Report on lock hospitals in British Burma
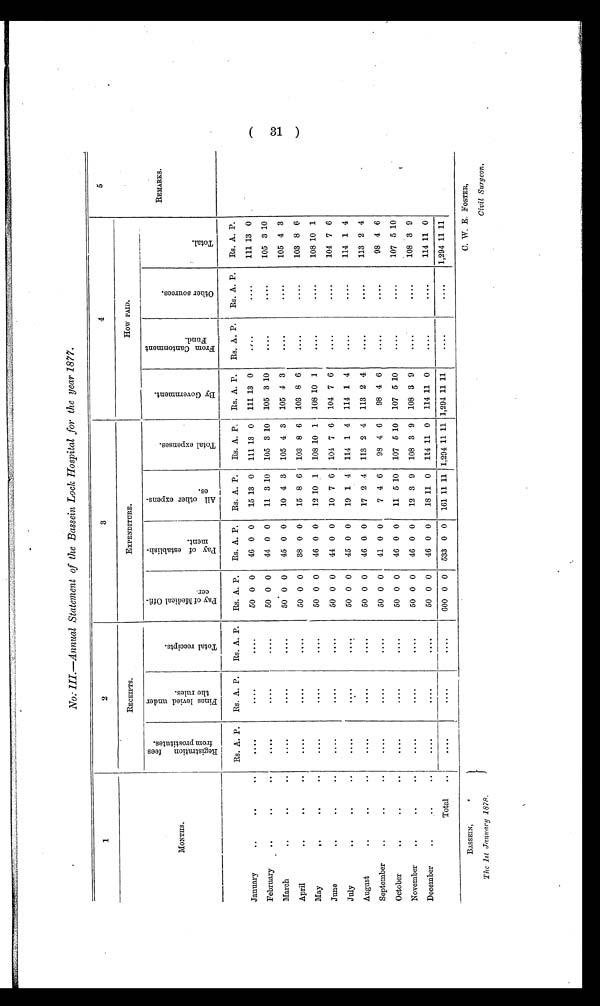
BASSEIN,
The 1st January 1878.
C. W. E. FOSTER,
Civil Surgeon.
No: III.—Annual Statement of the Bassein Lock Hospital for the year 1877.
1
2
3
4
5
MONTHS.
RECEIPTS.
EXPENDITURE.
HOW PAID.
R e g i s t r a t i o n . f e e s f r o m p r o s t i t u t e s .
F i n e s l e v i e d u n d e r t h e r u l e s .
T o t a l r e c e i p t s .
P a y o f M e d i c a l o f f i c e r .
P a y o f e s t a b l i s h - m e n t .
A l l o t h e r e x p e n s e s .
T o t a l e x p e n s e s .
B y G o v e r n m e n t .
F r o m C a n t o n m e n t F u n d .
O t h e r s o u r c e s .
T o t a l .
RE REMARKS.
Rs. A. P.
Rs. A. P.
R s A. P.
Rs. A. P.
Rs. A. P.
Rs. A. P.
Rs. A. P.
Rs. A. P.
Rs. A. P.
Rs. A. P.
Rs. A. P.
January
..
..
..
....
....
....
50 0 0
46 0 0
15 13 0
111 13 0
111 13 0
. . . .
....
111 13 0
February
..
..
....
....
....
50 0 0
44 0 0
11 3 10
105 3 10
105 3 10
. . . .
....
105 3 10
March
. .
..
..
....
....
....
50 0 0
45 0 0
10 4 3
105 4 3
105 4 3
....
....
105 4 3
April
. .
. .
..
....
....
....
50 0 0
38 0 0
15 8 6
103 8 6
103 8 6
....
....
103 8 6
May
..
..
..
....
....
....
50 0 0
46 0 0
12 10 1
108 10 1
108 10 1
....
....
108 10 1
June
. .
..
..
....
....
.....
50 0 0
44 0 0
10 7 6
104 7 6
104 7 6
. . . .
....
104 7 6
July
. .
. .
..
...
....
50 0 0
45 0 0
19 1 4
114 1 4
114 1 4
. . . .
. . . .
114 1 4
August
. .
..
..
....
....
....
50 0 0
46 0. 0
17 2 4
113 2 4
113 2 4
....
. . . .
113 2 4
September
..
. .
..
....
....
....
50 0 0
41 0 0
7 4 6
98 4 6
98 4 6
....
....
98 4 6
October
..
..
..
....
....
....
50 0 0
46 0 0
11 5 10
107 5 10
107 5 10
. . . .
....
107 5 10
November
..
..
....
....
....
....
50 0 0
46 0 0
12 3 9
108 3 9
108 3 9
. . . .
....
108 3 9
December
..
..
..
....
....
....
50 0 0
46 0 0
18 11 0
114 11 0
114 11 0
....
....
114 11 0
Total
..
....
....
....
600 0 0
533 0 0 161 11 11 1,294 11 11 1,294 11 11
. . . .
. . . .
1,294 11 11